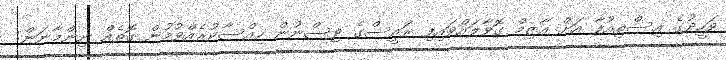
ވަހީދުގެ އިސްތިއުފާ އަށް އާޒިމް ގޮވާލައްވައިފި ރައީސްގެ ވިސްނުން ހިއްސާކުރެއްވުމުން ގޮތެއް ނިންމާނަން: